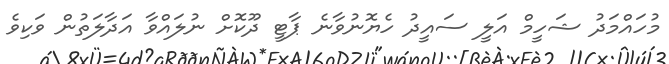
މުހައްމަދު ޝަހީމް އަލީ ސައީދު ހެޔޮނުވާނެ ޕާޓީ ދޫކޮށް ނުލައްވާ އަދާލަތުން ވަކިވެ